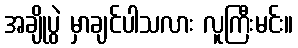
အချိုပွဲ မှာချင်ပါသလား လူကြီးမင်း။